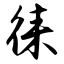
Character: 徕